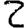
Digit: 2